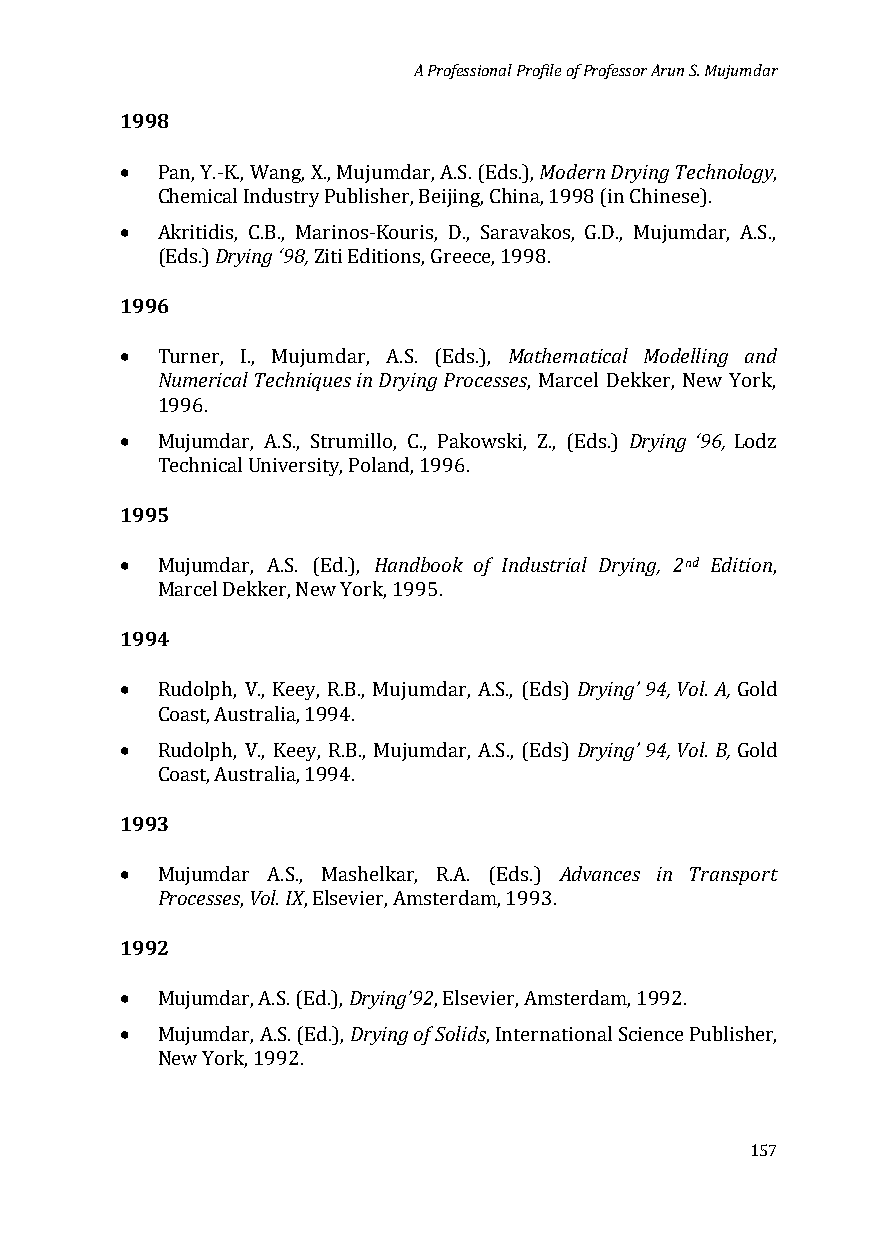
A Professional Profile of Professor Arun S. Mujumdar
 1998
 •                           Modern Drying Technology
 Pan, Y.-K., Wang, X., Mujumdar, A.S. (Eds.), ,
 •
 Chemical Industry Publisher, Beijing, China, 1998 (in Chinese).
 Drying ‘98,
 Akritidis, C.B., Marinos-Kouris, D., Saravakos, G.D., Mujumdar, A.S.,
 1996(E ds.)  Ziti Editions, Greece, 1998.
 •                         Mathematical Modelling and
 Numerical Techniques in Drying Processes
 Turner, I., Mujumdar, A.S. (Eds.),
 , Marcel Dekker, New York,
 •                                 Drying ‘96,
 1996.
 Mujumdar, A.S., Strumillo, C., Pakowski, Z., (Eds.) Lodz
 1995T echnical University, Poland, 1996.
 •                Handbook of Industrial Drying, 2nd Edition
 Mujumdar, A.S. (Ed.),                    ,
 1994M arcel Dekker, New York, 1995.
 •                             Drying’ 94, Vol. A,
 Rudolph, V., Keey, R.B., Mujumdar, A.S., (Eds) Gold
 •                             Drying’ 94, Vol. B,
 Coast, Australia, 1994.
 Rudolph, V., Keey, R.B., Mujumdar, A.S., (Eds) Gold
 1993Co ast, Australia, 1994.
 •                            Advances in Transport
 Processes Vol. IX
 Mujumdar A.S., Mashelkar, R.A. (Eds.)
 1992    ,   , Elsevier, Amsterdam, 1993.
 •              Drying’92
 •              Drying of Solids
 Mujumdar, A.S. (Ed.), , Elsevier, Amsterdam, 1992.
 Mujumdar, A.S. (Ed.), , International Science Publisher,
 New York, 1992.
 157